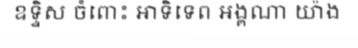
ឧទ្ទិស ចំពោះ អាទិទេព អង្គណា យ៉ាង